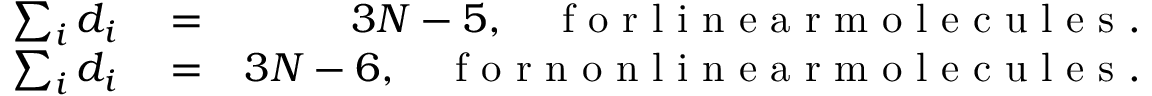
\begin{array} { r l r } { \sum _ { i } d _ { i } } & { { } = } & { 3 N - 5 , \quad \mathrm { ~ f ~ o ~ r ~ l ~ i ~ n ~ e ~ a ~ r ~ m ~ o ~ l ~ e ~ c ~ u ~ l ~ e ~ s ~ } . } \\ { \sum _ { i } d _ { i } } & { { } = } & { 3 N - 6 , \quad \mathrm { ~ f ~ o ~ r ~ n ~ o ~ n ~ l ~ i ~ n ~ e ~ a ~ r ~ m ~ o ~ l ~ e ~ c ~ u ~ l ~ e ~ s ~ } . } \end{array}